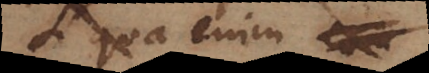
Si qua enim